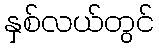
နှစ်လယ်တွင်